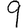
Digit: 9